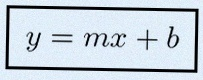
y=mx+b